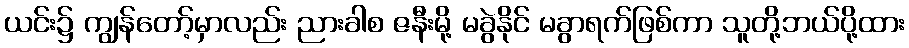
ယင်း၌ ကျွန်တော့်မှာလည်း ညားခါစ ဇနီးမို့ မခွဲနိုင် မခွာရက်ဖြစ်ကာ သူတို့ဘယ်ပို့ထား